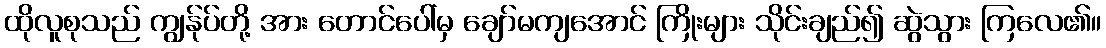
ထိုလူစုသည် ကျွန်ုပ်တို့ အား တောင်ပေါ်မှ ချော်မကျအောင် ကြိုးများ သိုင်းချည်၍ ဆွဲသွား ကြလေ၏။